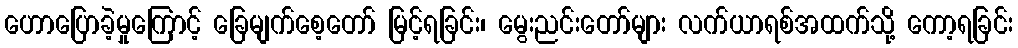
ဟောပြောခဲ့မှုကြောင့် ခြေမျက်စေ့တော် မြင့်ရခြင်း၊ မွေးညင်းတော်များ လက်ယာရစ်အထက်သို့ ကော့ရခြင်း